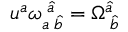
u ^ { a } { \omega } _ { a \; \hat { b } } ^ { \; \hat { a } } = { \Omega } _ { \; \hat { b } } ^ { \hat { a } }